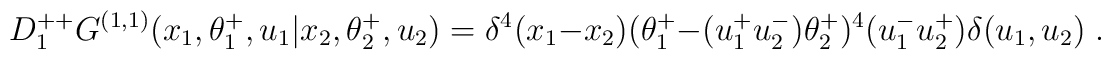
D^{++}_1 G^{(1,1)} (x_1,\theta^+_1,u_1\vert x_2,\theta^+_2,u_2) = \delta^4(x_1-x_2)(\theta^+_1-(u^+_1u^-_2)\theta^+_2)^4(u^-_1u^+_2)\delta (u_1,u_2)\;.